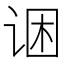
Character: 𲂋